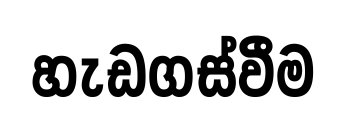
හැඩගස්වීම